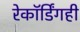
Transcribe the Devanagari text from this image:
रेकॉर्डिंगही